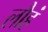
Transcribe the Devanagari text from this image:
लौहं